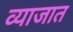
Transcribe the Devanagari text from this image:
व्याजात